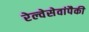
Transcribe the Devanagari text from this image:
रेल्वेसेवांपैकी